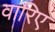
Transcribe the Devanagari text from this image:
वारिए